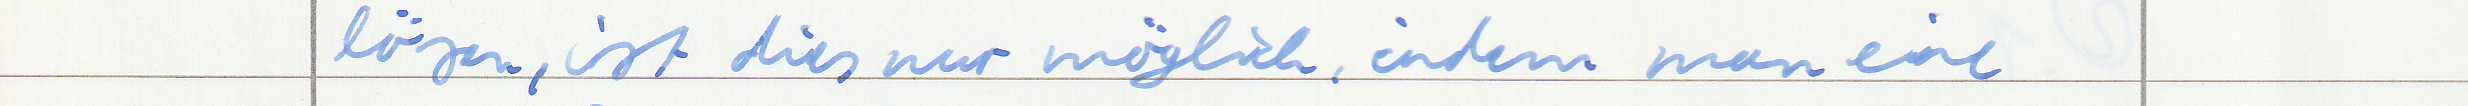
lösen, ist dies nur möglich, indem man eine